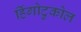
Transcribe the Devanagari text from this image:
हिंगोटुकोल